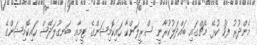
މެންދުރު ފަހު ކުޅޭ މެޗްގައި ބައްދަލުކުރާނީ ސްރީލަންކާ ހައިކޮމިޝަންގެ ޓީމާއި ބަނގުލަދޭޝް ހައިކޮމިޝަންގެ